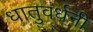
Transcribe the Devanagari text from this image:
धातुवर्धनी